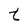
Character: t